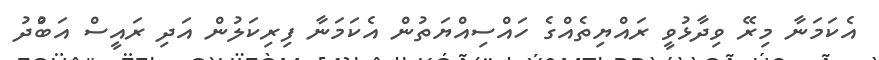
އެކަމަނާ މިރޭ ވިދާޅުވީ ރައްޔިތެއްގެ ހައްސިއްޔަތުން އެކަމަނާ ފިރިކަލުން އަދި ރައީސް އަބްުދު